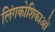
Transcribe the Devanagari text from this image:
लिंगकोशिकाओं